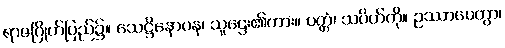
ရာဇဂြိုဟ်ပြည်၌။ သေဋ္ဌိနောပန၊ သူဌေး၏ကား။ ပတ္တံ၊ သပိတ်ကို။ ဥဿာပေတွာ၊